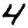
Digit: 4